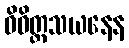
ဝိဝိတ္တသယနေန